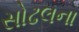
સોઢલના